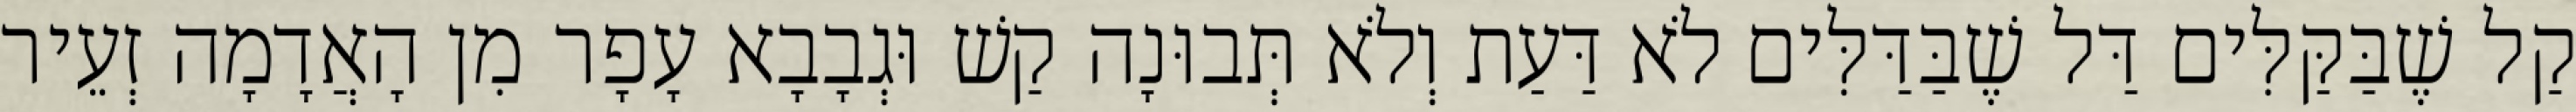
קַל שֶׁבַּקַּלִּים דַּל שֶׁבַּדַּלִּים לֹא דַּעַת וְלֹא תְּבוּנָה קַשׁ וּגְבָבָא עָפָר מִן הָאֲדָמָה זְעֵיר